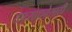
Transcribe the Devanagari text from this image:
तपःसाधनेसाठी